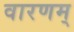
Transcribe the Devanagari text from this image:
वारणम्